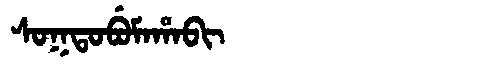
Manchu: ᠰᠣᡴᡨᠣᠪᡠᠮᠠᡥᠠᠪᡳ
Romanization: SOKTOBUMAHABI